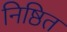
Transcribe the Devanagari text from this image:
निष्ठित